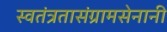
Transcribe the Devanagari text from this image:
स्वतंत्रतासंग्रामसेनानी